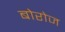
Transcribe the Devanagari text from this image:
बोरोज